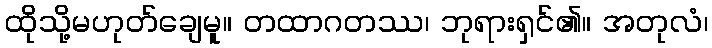
ထိုသို့မဟုတ်ချေမူ။ တထာဂတဿ၊ ဘုရားရှင်၏။ အတုလံ၊